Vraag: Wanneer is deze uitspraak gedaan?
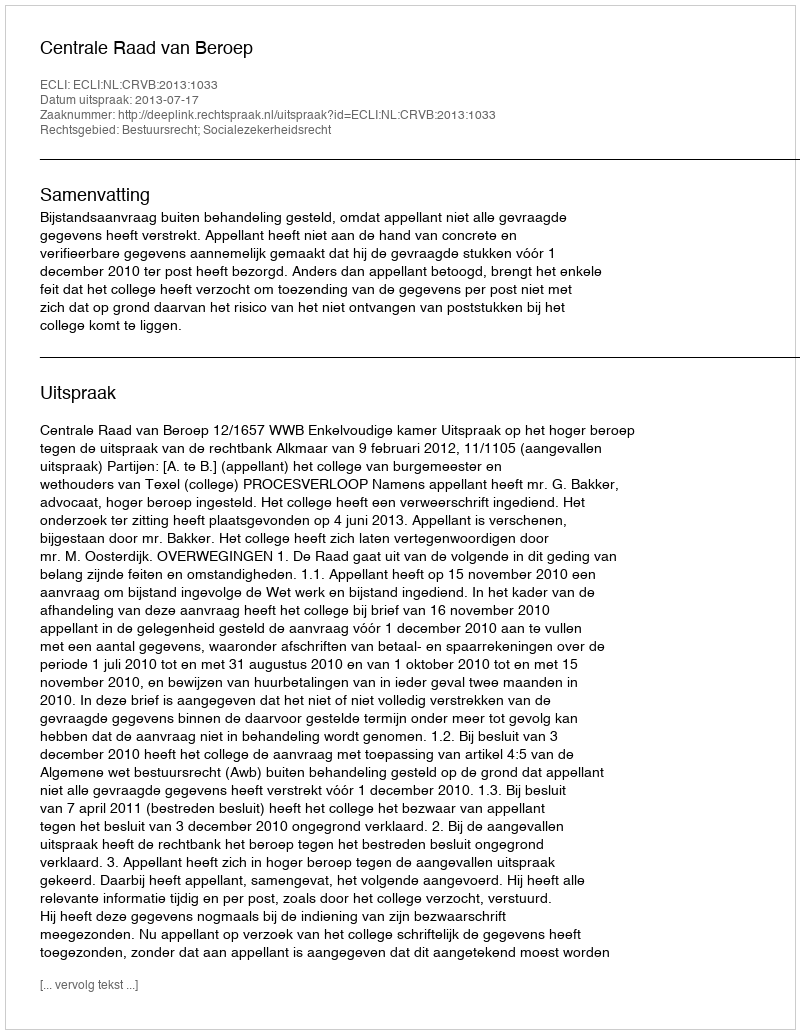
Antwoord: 2013-07-17